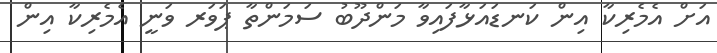
އަށް އެމެރިކާ އިން ކަނޑައަޅާފައިވާ މަންދޫބު ސަމަންތާ ޕަވަރ ވަނީ އެމެރިކާ އިން